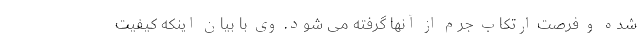
شده و فرصت ارتکاب جرم از آنها گرفته می شود. وی با بیان اینکه کیفیت